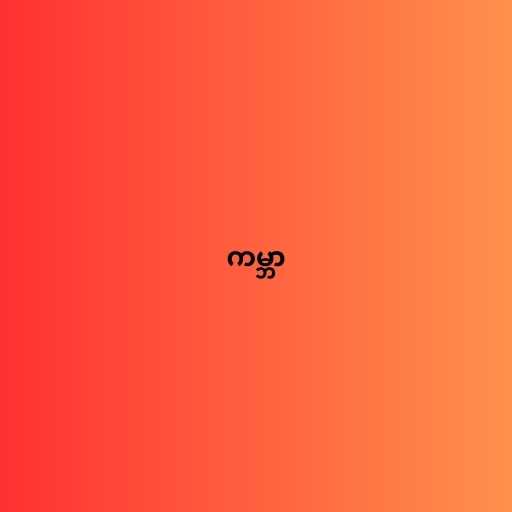
ကမ္ဘာ